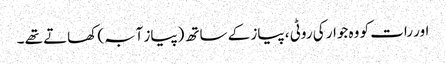
اور رات کو وہ جوار کی روٹی ، پیاز کے ساتھ (پیاز آبہ) کھاتے تھے ۔